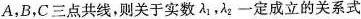
A，B，C三点共线，则关于实数\lambda _{1},\lambda _{2}一定成立的关系式